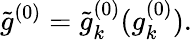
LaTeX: \tilde{g}^{(0)}=\tilde{g}_{k}^{(0)}(g_{k}^{(0)}).